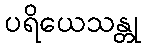
ပရိယေသန္တု